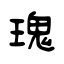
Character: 瑰